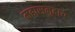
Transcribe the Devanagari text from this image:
महासमुदाय